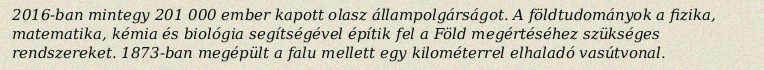
2016-ban mintegy 201 000 ember kapott olasz állampolgárságot. A földtudományok a fizika, matematika, kémia és biológia segítségével építik fel a Föld megértéséhez szükséges rendszereket. 1873-ban megépült a falu mellett egy kilométerrel elhaladó vasútvonal.